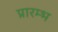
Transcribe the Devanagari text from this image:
प्रारम्भ